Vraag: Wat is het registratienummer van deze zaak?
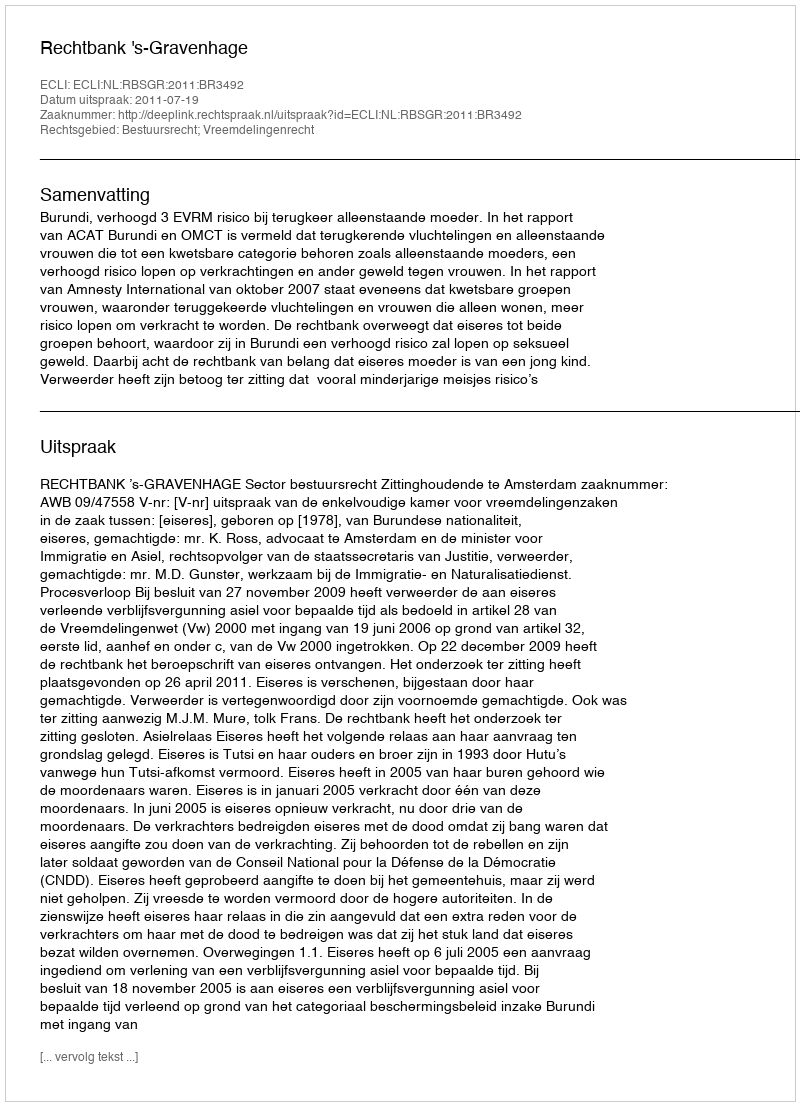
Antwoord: http://deeplink.rechtspraak.nl/uitspraak?id=ECLI:NL:RBSGR:2011:BR3492